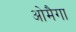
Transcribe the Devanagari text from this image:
ओमैगा